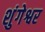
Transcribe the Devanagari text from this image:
शुंगेश्वर